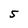
Character: 5